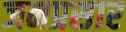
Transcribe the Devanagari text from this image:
जनप्रसार